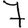
Digit: 7